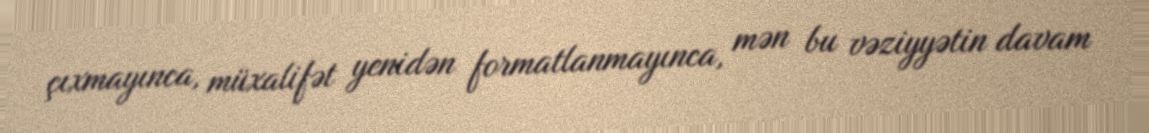
çıxmayınca, müxalifət yenidən formatlanmayınca, mən bu vəziyyətin davam